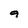
Character: 4